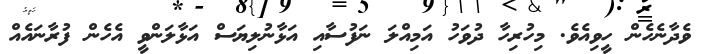
ވެދާނެހެން ހީވިއެވެ. މިހުރިހާ ދުވަހު އަމިއްލަ ނަފުސާއި އަޅާނުލިޔަސް އަޅާލަންވީ އެހެން ފުރާނައެއް